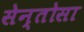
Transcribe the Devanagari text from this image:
सेन्तोसा